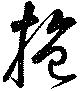
抱